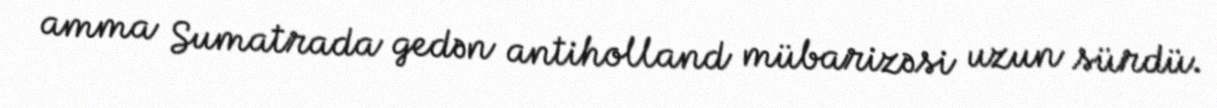
amma Sumatrada gedən antiholland mübarizəsi uzun sürdü.